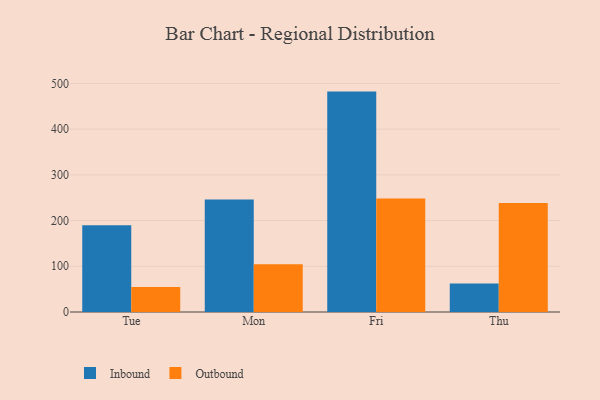
{"axis": {"x": "Day", "y": "Operating Costs (USD K)"}, "legend": ["Inbound", "Outbound"], "data": [{"x": "Tue", "y": 189.9, "type": "Inbound"}, {"x": "Tue", "y": 54.5, "type": "Outbound"}, {"x": "Mon", "y": 246.4, "type": "Inbound"}, {"x": "Mon", "y": 104.2, "type": "Outbound"}, {"x": "Fri", "y": 482.2, "type": "Inbound"}, {"x": "Fri", "y": 248.5, "type": "Outbound"}, {"x": "Thu", "y": 62.4, "type": "Inbound"}, {"x": "Thu", "y": 238.5, "type": "Outbound"}]}